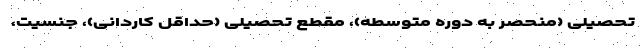
تحصیلی (منحصر به دوره متوسطه)، مقطع تحصیلی (حداقل کاردانی)، جنسیت،